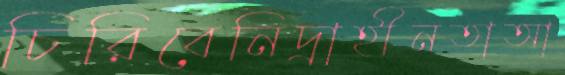
চিরিবেনিদ্রাহীনতাআ